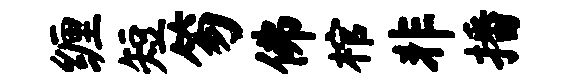
缠短笏佛棺非播